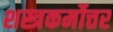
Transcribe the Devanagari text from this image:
शस्त्रकर्मोत्तर